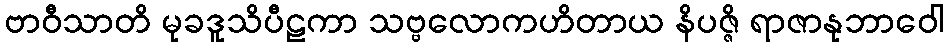
ဗာဝီသာတိ မုခဒူသိပီဠကာ သဗ္ဗလောကဟိတာယ နိပဇ္ဇိ ရာဇာနုဘာဝေါ